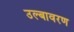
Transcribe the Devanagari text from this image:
उल्बावरण